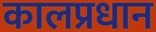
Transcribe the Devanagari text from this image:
कालप्रधान